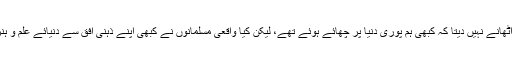
ہمیں تو یہ زعم ہی سر اُٹھانے نہیں دیتا کہ کبھی ہم پوری دنیا پر چھائے ہوئے تھے، لیکن کیا واقعی مسلمانوں نے کبھی اپنے ذہنی افق سے دنیائے علم و ہنر کو زیر نگیں کیا تھا؟